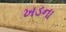
ખડના